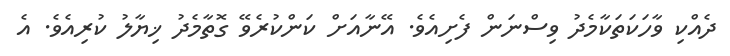
ދެއްކި ވާހަކަތަކާމެދު ވިސްނަން ފެށިއެވެ. އޭނާއަށް ކަންކުރެވޭ ގޮތާމެދު ޚިޔާލު ކުރިއެވެ. އެ